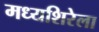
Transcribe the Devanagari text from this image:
मध्यशिरेला